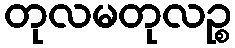
တုလမတုလဉ္စ